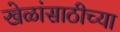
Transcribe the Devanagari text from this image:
खेळांसाठीच्या